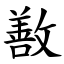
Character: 敾